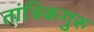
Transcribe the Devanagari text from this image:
तांत्रिकगुरु